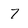
Character: 7